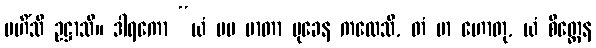
မဟိံသီ ဥဋ္ဌာသိ။ ဒါရကော “ယံ မမ မာတာ မုခေန ကထေသိ, တံ မာ ဟောတု, ယံ စိတ္တေန